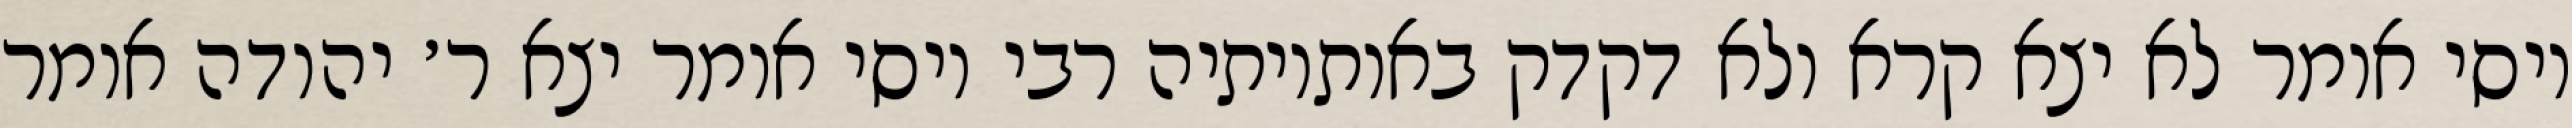
יוסי אומר לא יצא קרא ולא דקדק באותיותיה רבי יוסי אומר יצא ר׳ יהודה אומר